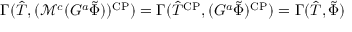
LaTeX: \Gamma ( \hat { T } , ( \mathcal { M } ^ { c } ( G ^ { a } \tilde { \Phi } ) ) ^ { \mathrm { C P } } ) = \Gamma ( \hat { T } ^ { \mathrm { C P } } , ( G ^ { a } \tilde { \Phi } ) ^ { \mathrm { C P } } ) = \Gamma ( \hat { T } , \tilde { \Phi } )